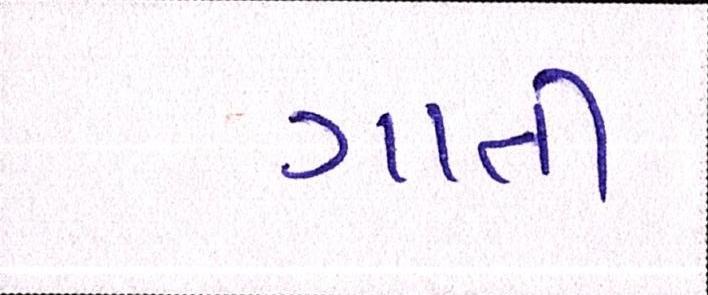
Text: ગાતી